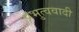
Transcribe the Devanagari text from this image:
प्रभुत्ववादी